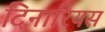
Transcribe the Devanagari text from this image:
दिनारियस